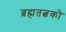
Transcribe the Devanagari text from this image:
ब्रह्मतत्वको